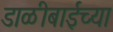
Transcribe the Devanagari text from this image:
डाळीबाईच्या